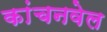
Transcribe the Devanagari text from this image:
कांचनवेल